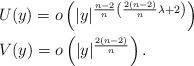
\begin{align*} &U(y)=o\left(|y|^{\frac{n-2}{n}\left(\frac{2(n-2)}{n}\lambda+2\right)}\right)\\ &V(y)=o\left(|y|^{\frac{2(n-2)}{n}}\right). \end{align*}